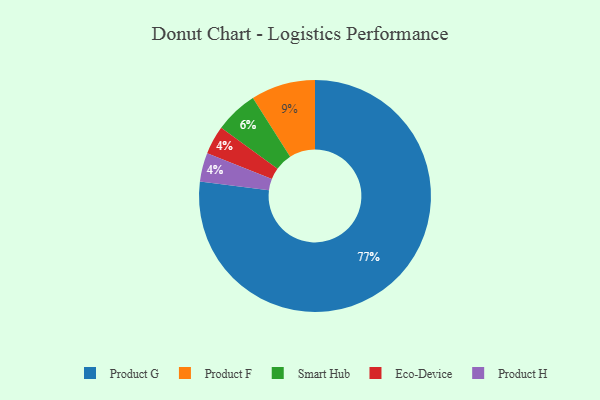
{"axis": {"x": "Category", "y": "Percentage"}, "legend": ["Eco-Device", "Product F", "Product G", "Product H", "Smart Hub"], "data": [{"x": "Eco-Device", "y": 4, "type": "Eco-Device"}, {"x": "Product G", "y": 77, "type": "Product G"}, {"x": "Product H", "y": 4, "type": "Product H"}, {"x": "Smart Hub", "y": 6, "type": "Smart Hub"}, {"x": "Product F", "y": 9, "type": "Product F"}]}